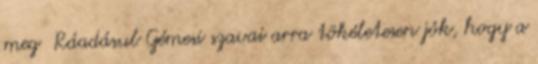
meg Ráadásul Gémesi szavai arra tökéletesen jók, hogy a